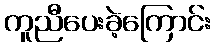
ကူညီပေးခဲ့ကြောင်း